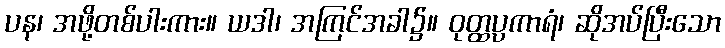
ပန၊ အဖို့တစ်ပါးကား။ ယဒါ၊ အကြင်အခါ၌။ ဝုတ္ထပ္ပကာရံ၊ ဆိုအပ်ပြီးသော